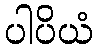
ပါပိယံ